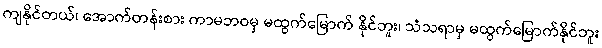
ကျနိုင်တယ်၊ အောက်တန်းစား ကာမဘဝမှ မထွက်မြောက် နိုင်ဘူး၊ သံသရာမှ မထွက်မြောက်နိုင်ဘူး